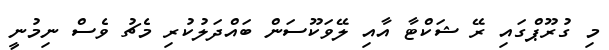
މި ގުރޫޕްގައި ރޭ ޝަކްޓާ އާއި ލޭވަކޫސަން ބައްދަލުކުރި މެޗު ވެސް ނިމުނީ